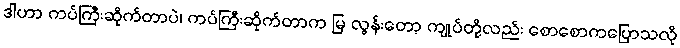
ဒါဟာ ကပ်ကြီးဆိုက်တာပဲ၊ ကပ်ကြီးဆိုက်တာက မြ လွန်းတော့ ကျုပ်တို့လည်း စောစောကပြောသလို